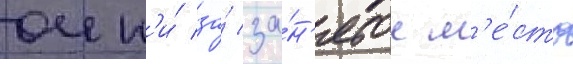
очк'и́ за́ за́н'ятое м'е́сто